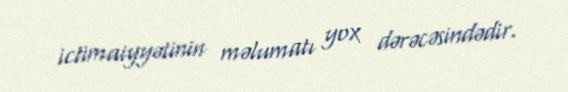
ictimaiyyətinin məlumatı yox dərəcəsindədir.